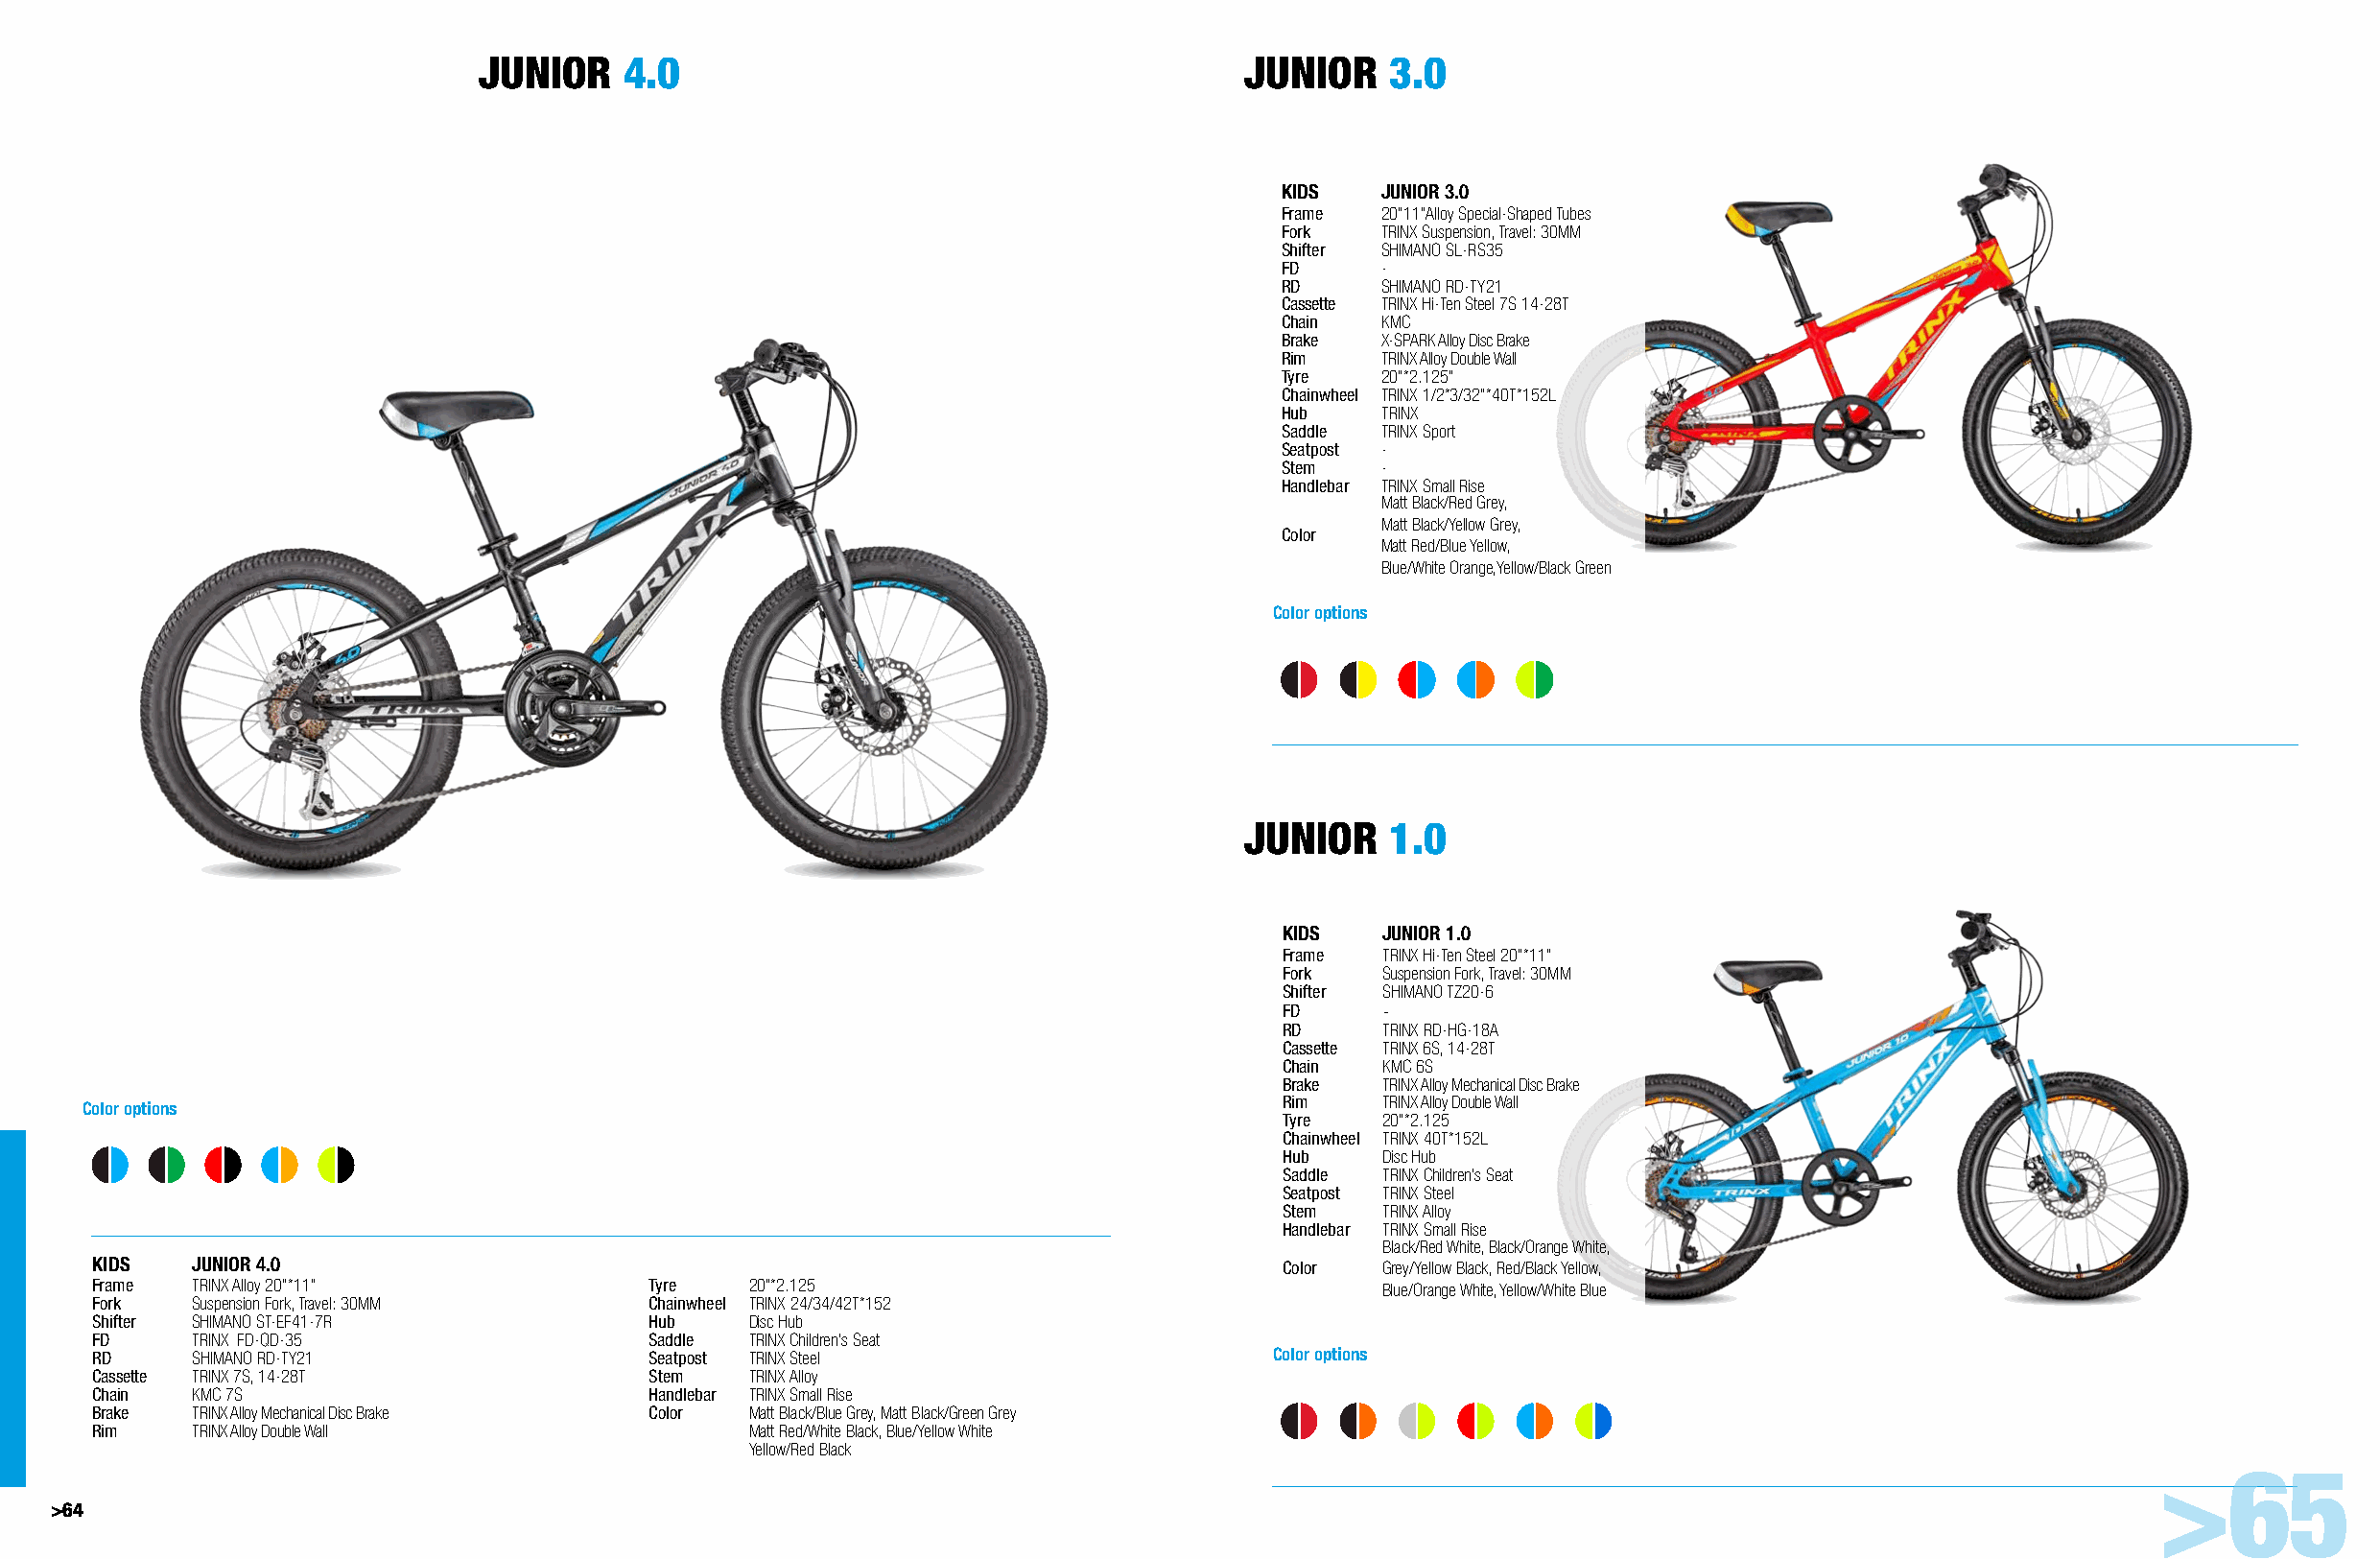
JUNIOR    4.0                                        JUNIOR    3.0
 KIDS   JUNIOR 3.0
 Frame  20"11"Alloy Special-Shaped Tubes
 Fork   TRINX Suspension, Travel: 30MM
 Shifter SHIMANO SL-RS35
 FD     -
 RD     SHIMANO RD-TY21
 Cassette TRINX Hi-Ten Steel 7S 14-28T
 Chain  KMC
 Brake  X-SPARK Alloy Disc Brake
 Rim    TRINX Alloy Double Wall
 Tyre   20"*2.125"
 Chainwheel TRINX 1/2*3/32"*40T*152L
 Hub    TRINX
 Saddle TRINX Sport
 Seatpost -
 Stem   -
 Handlebar TRINX Small Rise
 Matt Black/Red Grey,
 Matt Black/Yellow Grey,
 Color
 Matt Red/Blue Yellow,
 Blue/White Orange,Yellow/Black Green
 Color options
 JUNIOR    1.0
 KIDS   JUNIOR 1.0
 Frame  TRINX Hi-Ten Steel 20"*11"
 Fork   Suspension Fork, Travel: 30MM
 Shifter SHIMANO TZ20-6
 FD     -
 RD     TRINX RD-HG-18A
 Cassette TRINX 6S, 14-28T
 Chain  KMC 6S
 Brake  TRINX Alloy Mechanical Disc Brake
 Rim    TRINX Alloy Double Wall
 Color options
 Tyre   20"*2.125
 Chainwheel TRINX 40T*152L
 Hub    Disc Hub
 Saddle TRINX Children's Seat
 Seatpost TRINX Steel
 Stem   TRINX Alloy
 Handlebar TRINX Small Rise
 Black/Red White, Black/Orange White,
 KIDS   JUNIOR 4.0                                                                 Color  Grey/Yellow Black, Red/Black Yellow,
 Frame  TRINX Alloy 20"*11"             Tyre   20"*2.125                                  Blue/Orange White, Yellow/White Blue
 Fork   Suspension Fork, Travel: 30MM   Chainwheel TRINX 24/34/42T*152
 Shifter SHIMANO ST-EF41-7R             Hub    Disc Hub
 FD     TRINX FD-QD-35                  Saddle TRINX Children's Seat
 RD     SHIMANO RD-TY21                 Seatpost TRINX Steel                       Color options
 Cassette TRINX 7S, 14-28T              Stem   TRINX Alloy
 Chain  KMC 7S                          Handlebar TRINX Small Rise
 Brake  TRINX Alloy Mechanical Disc Brake Color Matt Black/Blue Grey, Matt Black/Green Grey
 Rim    TRINX Alloy Double Wall                Matt Red/White Black, Blue/Yellow White
 Yellow/Red Black
 >65
 >64